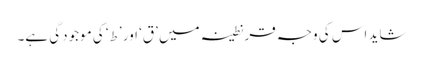
شاید اس کی وجہ قرنطینہ میں ’ق‘ اور ’ط‘ کی موجودگی ہے۔